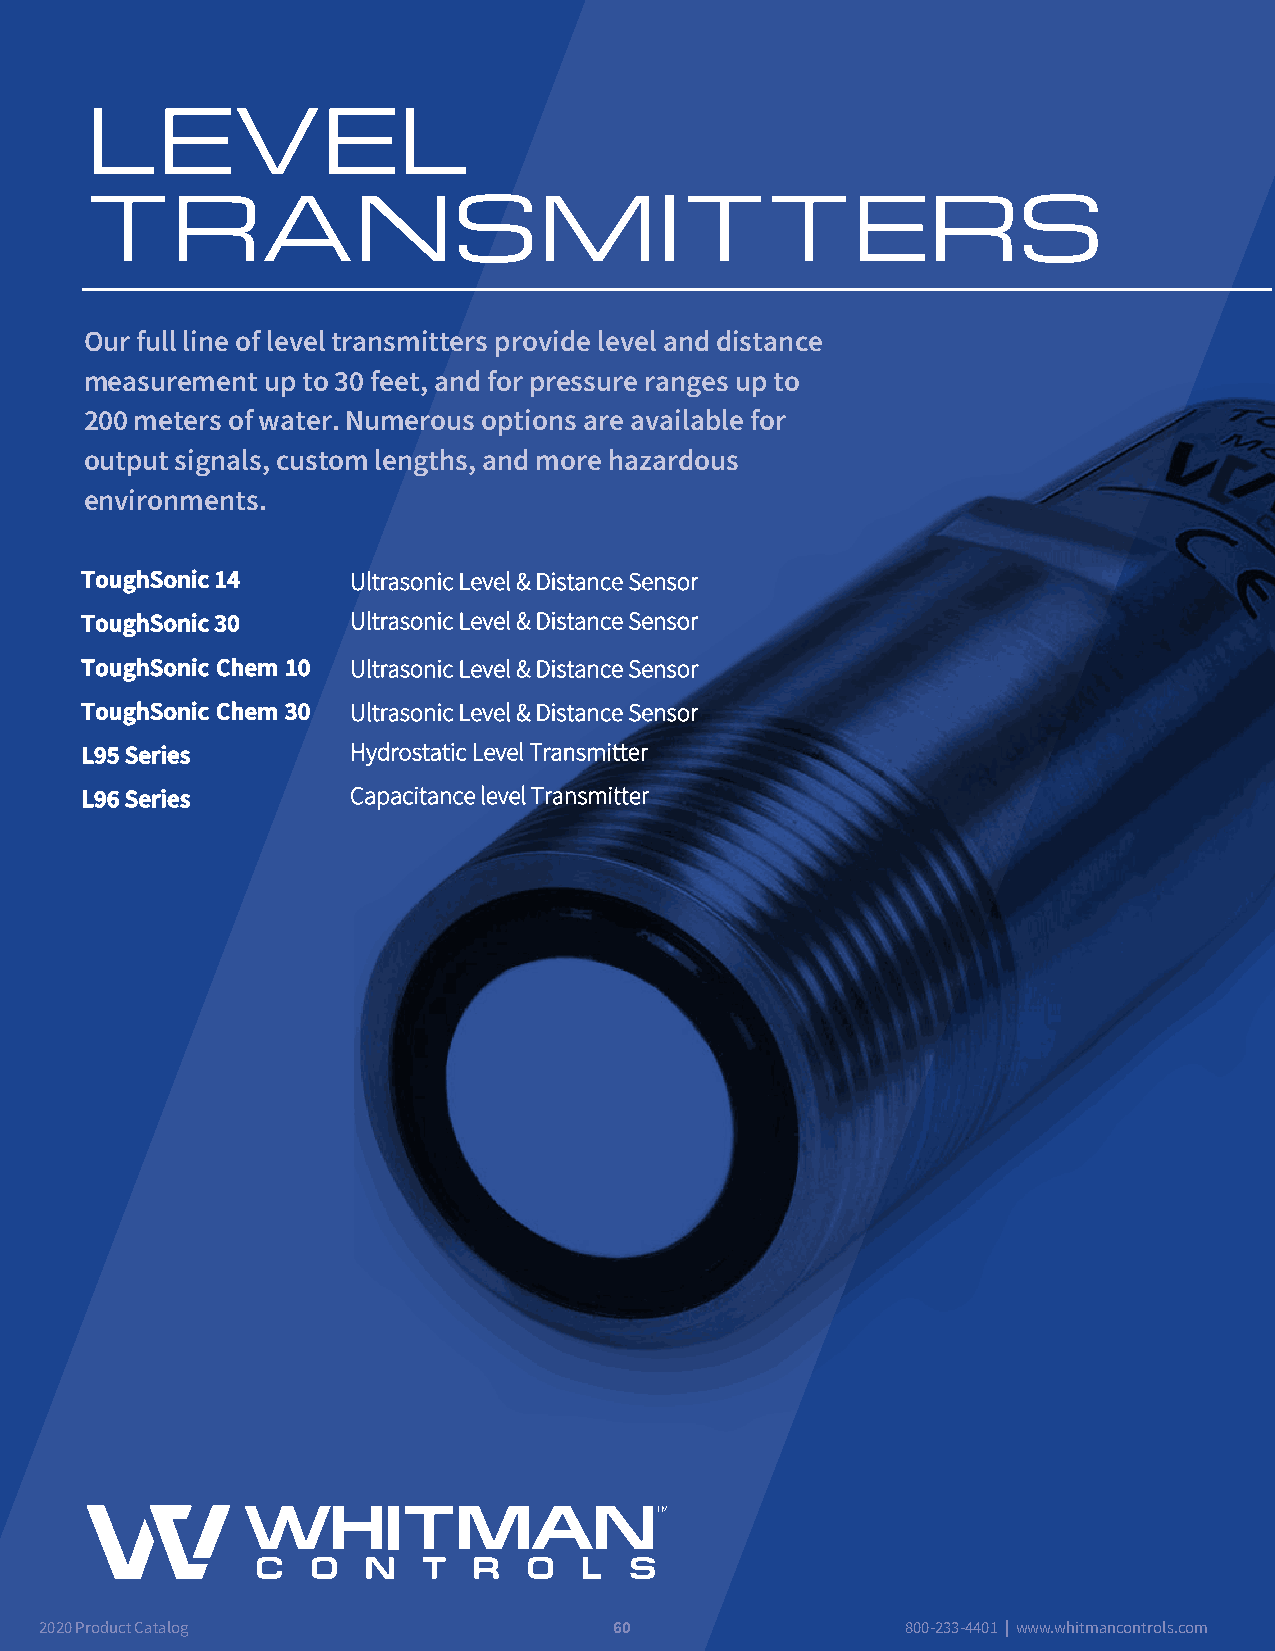
LEVEL
 TRANSMITTERS
 Our full line of level transmitters provide level and distance
 measurement up to 30 feet, and for pressure ranges up to
 200 meters of water. Numerous options are available for
 output signals, custom lengths, and more hazardous
 environments.
 ToughSonic 14     Ultrasonic Level & Distance Sensor
 ToughSonic 30     Ultrasonic Level & Distance Sensor
 ToughSonic Chem 10 Ultrasonic Level & Distance Sensor
 ToughSonic Chem 30 Ultrasonic Level & Distance Sensor
 L95 Series        Hydrostatic Level Transmitter
 L96 Series        Capacitance level Transmitter
 2020 Proodduucctt CCaattaalologg      6600               880000--223333--44440011 || wwwwww..wwhhiittmmaannccoonnttrroollss..ccoomm